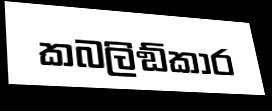
කබලිඞ්කාර